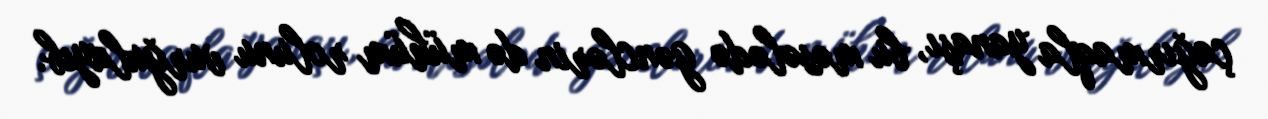
çağırmaqla yanaşı, bu məsələdə gənclərin də mühüm rolunu vurğulayıb.